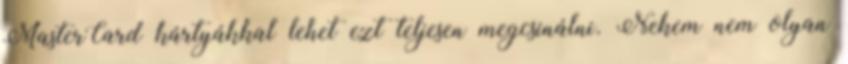
MasterCard kártyákkal lehet ezt teljesen megcsinálni. Nekem nem olyan